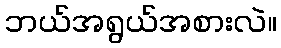
ဘယ်အရွယ်အစားလဲ။